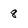
Character: 8